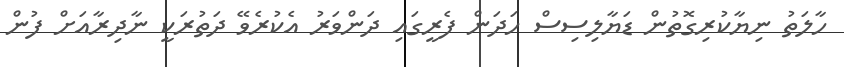
ހާލަތު ނިޔާކުރިގޮތުން ޑަޔާލިސިސް ހަދަން ފެރީގައި ދަންވަރު އެކުރެވޭ ދަތުރަކީ ނާދިރާއަށް ފުން